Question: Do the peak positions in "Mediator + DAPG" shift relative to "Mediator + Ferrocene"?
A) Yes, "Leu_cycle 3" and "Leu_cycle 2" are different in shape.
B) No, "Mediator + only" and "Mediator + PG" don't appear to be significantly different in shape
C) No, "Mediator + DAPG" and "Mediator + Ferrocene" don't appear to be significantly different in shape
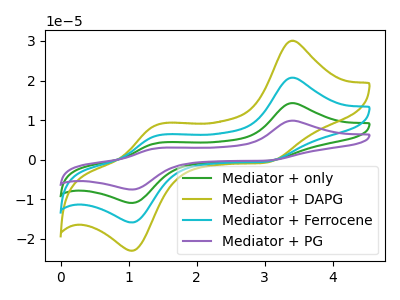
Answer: <think>The green curve "Mediator + only" has anodic peaks at (3.40V, 41.45uA) (1.45V, 12.30uA) and cathodic peaks at (3.00V, -1.05uA) (1.05V, -31.75uA). The olive curve "Mediator + DAPG" has anodic peaks at (3.40V, 30.05uA) (1.45V, 8.90uA) and cathodic peaks at (3.00V, -0.75uA) (1.05V, -23.00uA). The cyan curve "Mediator + Ferrocene" has anodic peaks at (3.40V, 20.70uA) (1.45V, 6.15uA) and cathodic peaks at (3.00V, -0.50uA) (1.05V, -15.85uA). The purple curve "Mediator + PG" has anodic peaks at (3.40V, 62.15uA) (1.45V, 18.45uA) and cathodic peaks at (3.00V, -1.55uA) (1.05V, -47.60uA).
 All the peaks in "Mediator + DAPG" have a peak in "Mediator + Ferrocene" at the same potential. Every peak in "Mediator + DAPG" is higher than every peak in "Mediator + Ferrocene".</think>
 <answer>C) No, "Mediator + DAPG" and "Mediator + Ferrocene" don't appear to be significantly different in shape</answer>
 <eval>C</eval>